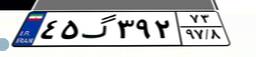
۲۵گ۳۲۱۸۶